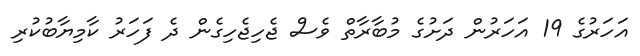
އަހަރުގެ 19 އަހަރުން ދަށުގެ މުބާރާތް ވެސް ޖެހިޖެހިގެން ދެ ފަހަރު ކާމިޔާބުކުރި